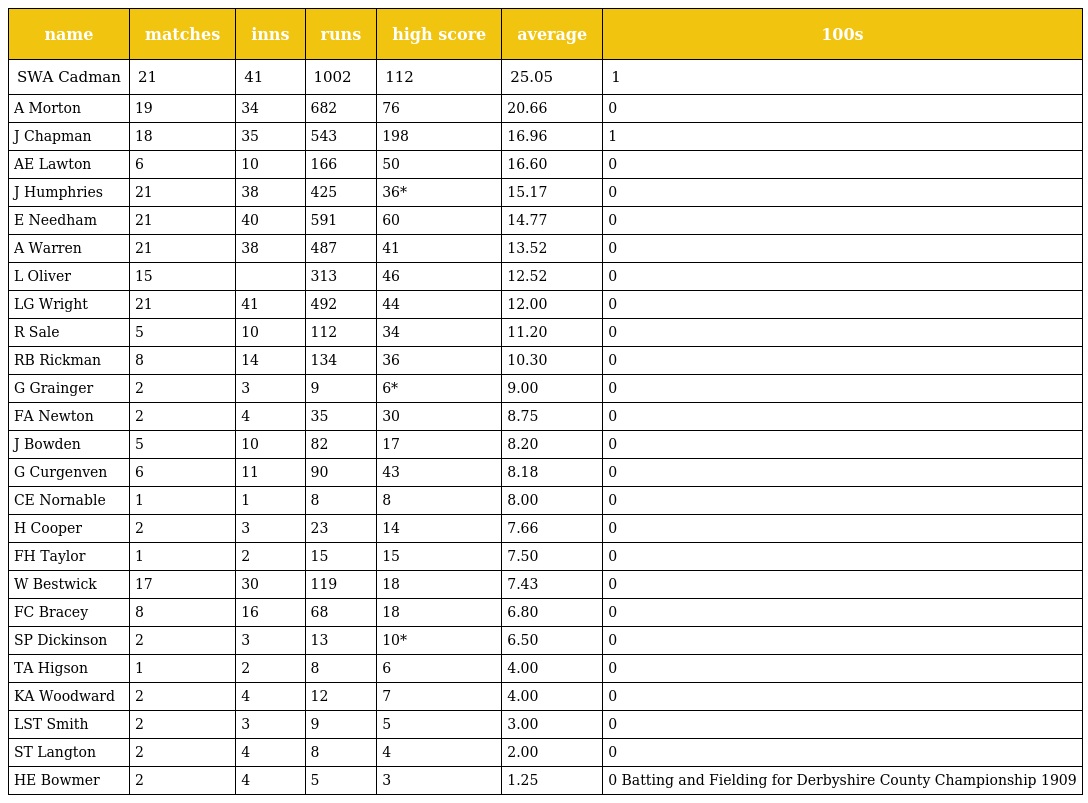
| name | matches | inns | runs | high score | average | 100s |
 | --- | --- | --- | --- | --- | --- | --- |
 | SWA Cadman | 21 | 41 | 1002 | 112 | 25.05 | 1 |
 | A Morton | 19 | 34 | 682 | 76 | 20.66 | 0 |
 | J Chapman | 18 | 35 | 543 | 198 | 16.96 | 1 |
 | AE Lawton | 6 | 10 | 166 | 50 | 16.60 | 0 |
 | J Humphries | 21 | 38 | 425 | 36* | 15.17 | 0 |
 | E Needham | 21 | 40 | 591 | 60 | 14.77 | 0 |
 | A Warren | 21 | 38 | 487 | 41 | 13.52 | 0 |
 | L Oliver | 15 |  | 313 | 46 | 12.52 | 0 |
 | LG Wright | 21 | 41 | 492 | 44 | 12.00 | 0 |
 | R Sale | 5 | 10 | 112 | 34 | 11.20 | 0 |
 | RB Rickman | 8 | 14 | 134 | 36 | 10.30 | 0 |
 | G Grainger | 2 | 3 | 9 | 6* | 9.00 | 0 |
 | FA Newton | 2 | 4 | 35 | 30 | 8.75 | 0 |
 | J Bowden | 5 | 10 | 82 | 17 | 8.20 | 0 |
 | G Curgenven | 6 | 11 | 90 | 43 | 8.18 | 0 |
 | CE Nornable | 1 | 1 | 8 | 8 | 8.00 | 0 |
 | H Cooper | 2 | 3 | 23 | 14 | 7.66 | 0 |
 | FH Taylor | 1 | 2 | 15 | 15 | 7.50 | 0 |
 | W Bestwick | 17 | 30 | 119 | 18 | 7.43 | 0 |
 | FC Bracey | 8 | 16 | 68 | 18 | 6.80 | 0 |
 | SP Dickinson | 2 | 3 | 13 | 10* | 6.50 | 0 |
 | TA Higson | 1 | 2 | 8 | 6 | 4.00 | 0 |
 | KA Woodward | 2 | 4 | 12 | 7 | 4.00 | 0 |
 | LST Smith | 2 | 3 | 9 | 5 | 3.00 | 0 |
 | ST Langton | 2 | 4 | 8 | 4 | 2.00 | 0 |
 | HE Bowmer | 2 | 4 | 5 | 3 | 1.25 | 0 Batting and Fielding for Derbyshire County Championship 1909 |